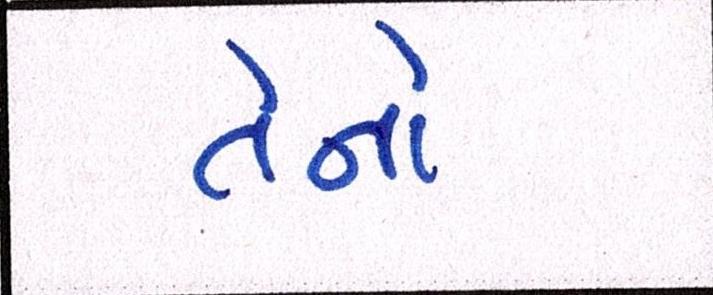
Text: તેનો